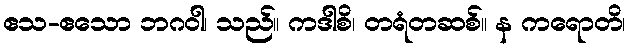
ဧသ-ဧသော ဘဂဝါ၊ သည်။ ကဒါစိ၊ တရံတဆစ်။ န ကရောတိ၊